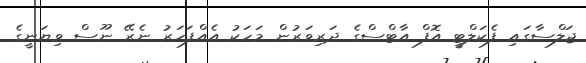
ޖަލްސާގައި ފެކަލްޓީ އޮފް އާޓްސްގެ ދަރިވަރުން މަހަކު އެއްފަހަރު ނެރޭ ނޫސް ވިޔަނީގެ